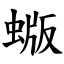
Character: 蝂